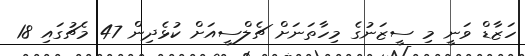
ހަޒާޑް ވަނީ މި ސީޒަނުގެ މިހާތަނަށް ޗެލްސީއަށް ކުޅެދިން 47 މެޗުގައި 18